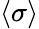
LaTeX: \langle\sigma\rangle